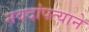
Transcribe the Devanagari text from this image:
नवदांपत्याने